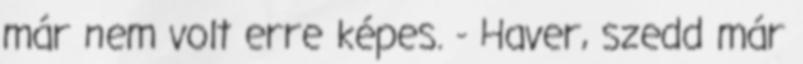
már nem volt erre képes. - Haver, szedd már